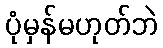
ပုံမှန်မဟုတ်ဘဲ